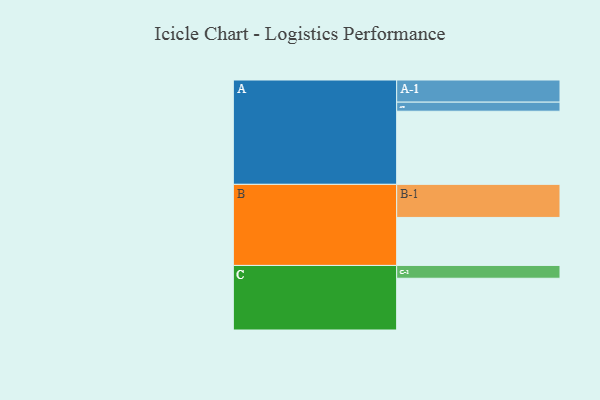
{"axis": {"x": "Segment", "y": "Value"}, "legend": ["", "A", "B", "C"], "data": [{"x": "A", "y": 588, "type": ""}, {"x": "B", "y": 386, "type": ""}, {"x": "C", "y": 416, "type": ""}, {"x": "A-1", "y": 178, "type": "A"}, {"x": "A-2", "y": 73, "type": "A"}, {"x": "B-1", "y": 266, "type": "B"}, {"x": "C-1", "y": 103, "type": "C"}]}